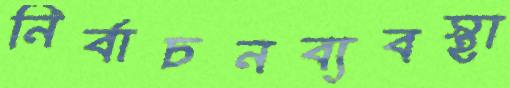
নির্বাচনব্যবস্থা